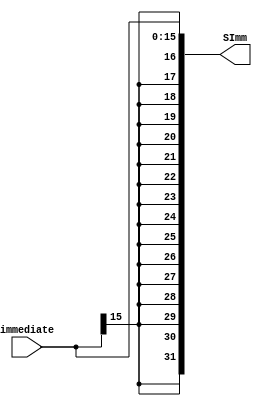
`timescale 1ns / 1ps
//////////////////////////////////////////////////////////////////////////////////
// Company: 
// Engineer: 
// 
// Design Name: 
// Module Name: SignExtImm
// Project Name: 
// Target Devices: 
// Tool Versions: 
// Description: 
// 
// Dependencies: 
// 
// Revision:
// Revision 0.01 - File Created
// Additional Comments:
// 
//////////////////////////////////////////////////////////////////////////////////


module SignExtImm(immediate,SImm
    );
input [15:0]immediate;
output [0:31]SImm;

assign SImm={
immediate[15],
immediate[15],
immediate[15],
immediate[15],
immediate[15],
immediate[15],
immediate[15],
immediate[15],
immediate[15],
immediate[15],
immediate[15],
immediate[15],
immediate[15],
immediate[15],
immediate[15],
immediate[15],
immediate};
endmodule